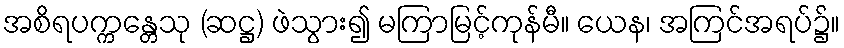
အစိရပက္ကန္တေသု (ဆဋ္ဌ) ဖဲသွား၍ မကြာမြင့်ကုန်မီ။ ယေန၊ အကြင်အရပ်၌။